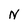
Character: N